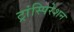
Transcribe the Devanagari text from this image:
ट्रांस्पिरेशन